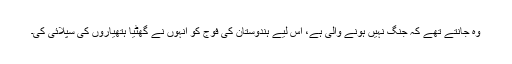
وہ جانتے تھے کہ جنگ نہیں ہونے والی ہے، اس لیے ہندوستان کی فوج کو انہوں نے گھٹیا ہتھیاروں کی سپلائی کی۔